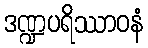
ဒဏ္ဍပရိဿာဝနံ